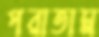
পরাতাম